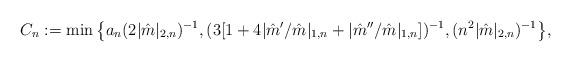
LaTeX: \begin{align*} C_n := \min \big\{a_n(2|\hat m|_{2,n})^{-1}, (3[1 + 4|\hat m'/\hat m|_{1,n} + |\hat m''/\hat m|_{1,n}])^{-1}, (n^2|\hat m|_{2,n})^{-1}\big\},\end{align*}